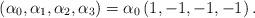
LaTeX: \begin{align*}\left( \alpha_{0},\alpha_{1},\alpha_{2},\alpha_{3}\right) =\alpha_{0}\left(1,-1,-1,-1\right) . \end{align*}